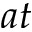
a t